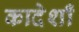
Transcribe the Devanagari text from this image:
कादेशाँ